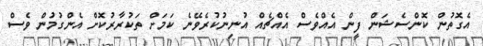
އެގޮތުން ކޮންސެޝަން ފީން އެއްވެސް އެއްޗެއް އުނިނުކުރެވޭނެ ކަމަށް ތަކުރާރުކޮށް އެންގުމުން ވެސް